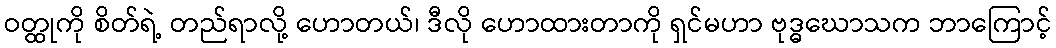
ဝတ္ထုကို စိတ်ရဲ့ တည်ရာလို့ ဟောတယ်၊ ဒီလို ဟောထားတာကို ရှင်မဟာ ဗုဒ္ဓဃောသက ဘာကြောင့်